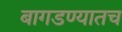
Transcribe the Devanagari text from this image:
बागडण्यातच